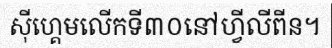
ស៊ីហ្គេមលើកទី៣០នៅហ្វីលីពីន។